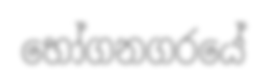
භෝගනගරයේ